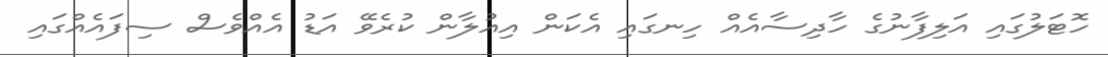
ހޮޓަލުގައި އަލިފާނުގެ ހާދިސާއެއް ހިނގައި އެކަން އިއުލާން ކުރެވޭ އަޑު އެއްވެސް ސިފައެއްގައި